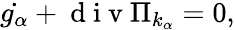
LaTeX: \begin{array}{r}{\dot{g_{\alpha}}+\mathrm{~d~i~v~}\Pi_{k_{\alpha}}=0,}\end{array}